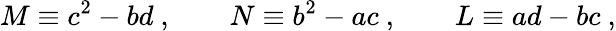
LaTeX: M\equiv c^{2}-bd\ ,\qquad N\equiv b^{2}-ac\ ,\qquad L\equiv ad-bc\ ,